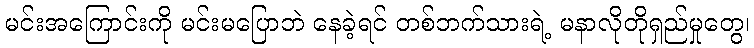
မင်းအကြောင်းကို မင်းမပြောဘဲ နေခဲ့ရင် တစ်ဘက်သားရဲ့ မနာလိုတိုရှည်မှုတွေ၊